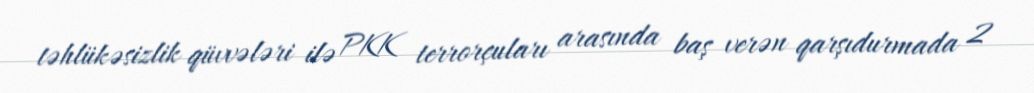
təhlükəsizlik qüvvələri ilə PKK terrorçuları arasında baş verən qarşıdurmada 2